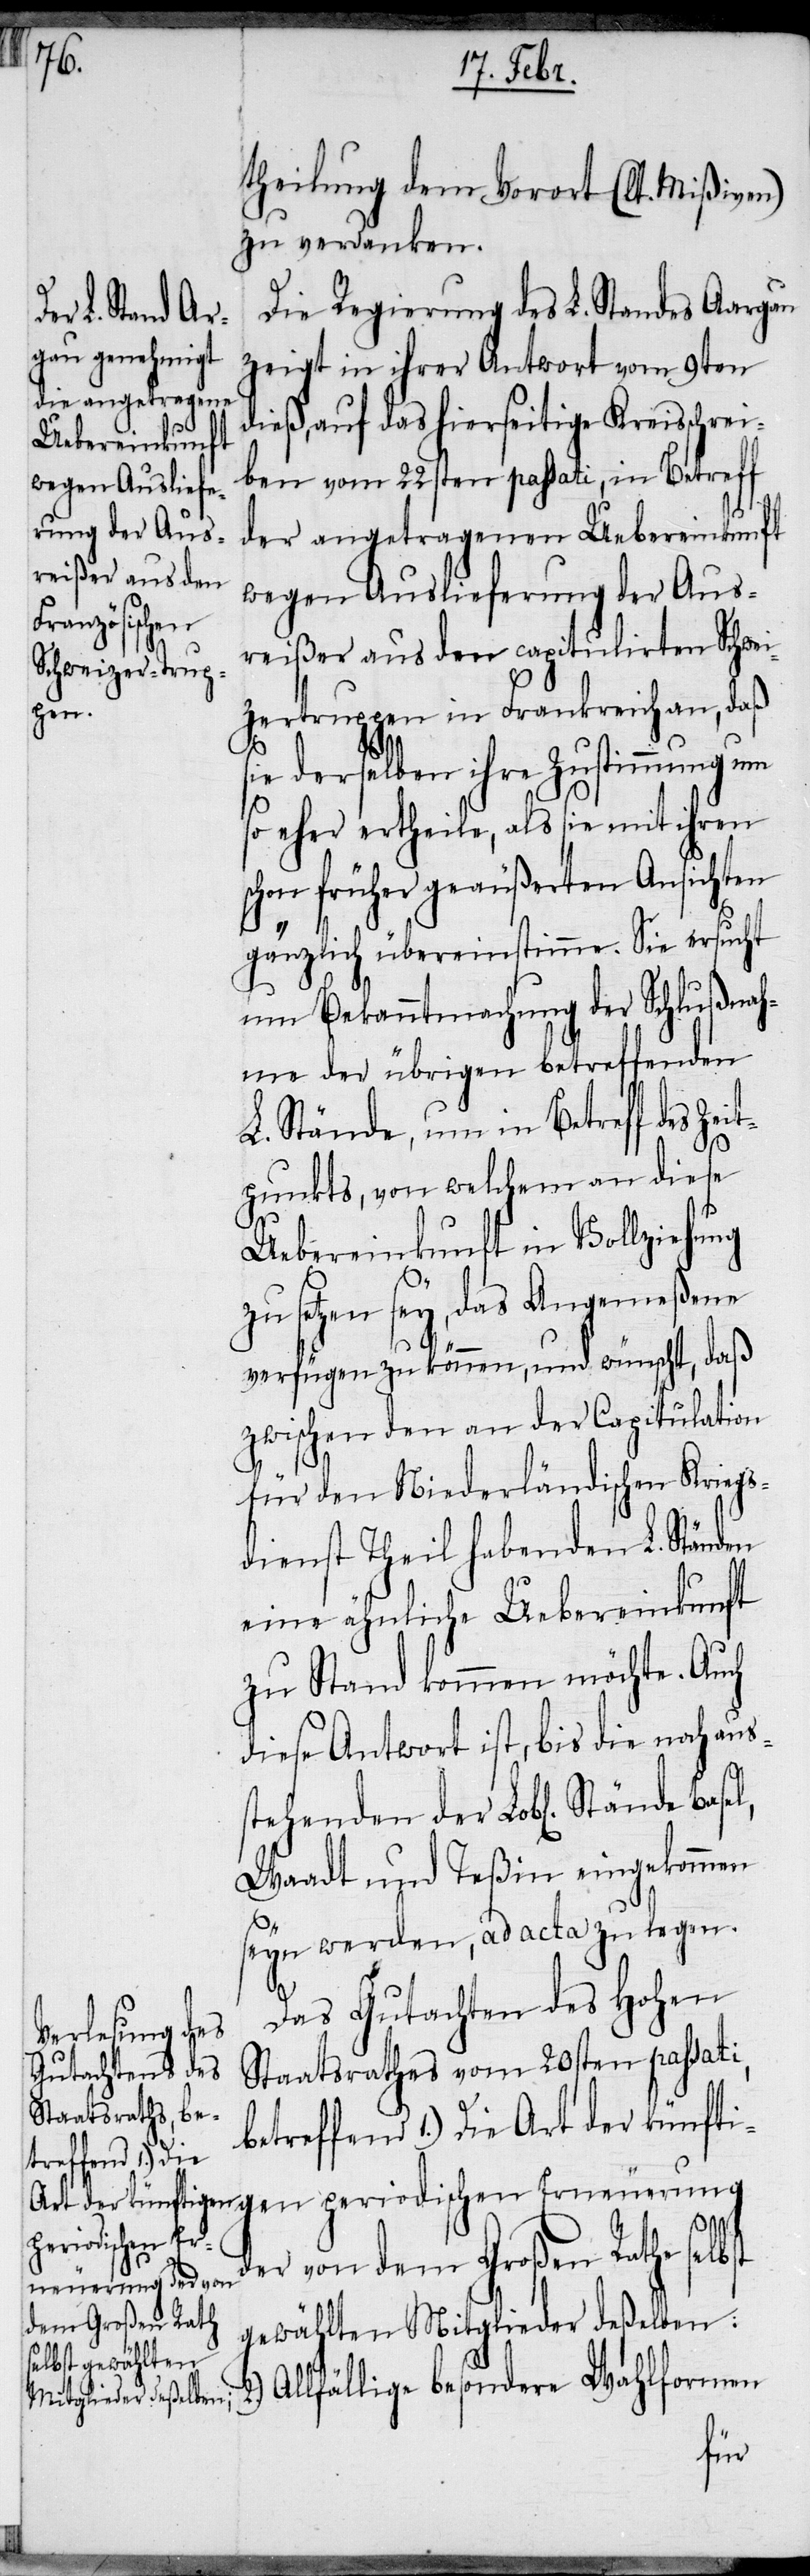
theilung dem Vorort (lt. Mißiven)
zu verdanken.
Die Regierung des L. Standes Aargau
zeigt in ihrer Antwort vom 9ten
dieß, auf das hierseitige Kreisschrei¬
ben vom 22ten passati, in Betreff
der angetragenen Uebereinkunft
wegen Auslieferung der Aus¬
reißer aus den capitulirten Schwei¬
be¬
zertruppen in Frankreich an, daß
ie derselben ihre Zustimmung um
so eher ertheile, als sie mit ihren
schon früher geäußerten Ansichten
gänzlich übereinstimme. Sie ersucht
um Bekanntmachung der Schlußnah¬
me der übrigen betreffenden
L. Stände, um in Betreff des Zei¬
tpunkts, von welchem an diese
Uebereinkunft in Vollziehung
zu setzen sey, das Angemeßene
verfügen zu können, und wünscht, daß
zwischen den an der Capitulation
für den Niederländischen Kriegs¬
dienst Theil habenden L. Ständen
eine ähnliche Uebereinkunft
zu Stand kommen möchte. Auch
diese Antwort ist, bis die noch aus¬
Waadt und Teßin eingekommen
seyn werden, ad acta zu legen.
Das Gutachten des Hohen
Staatsrathes vom 20sten passati,
treffend 1.) Die
Art der künftigen periodischen Erneuerung
der von dem Großen Rathe selbst
gewählten Mitglieder deßelb¬
en. 2.) Allfällige besondere Wahlformen